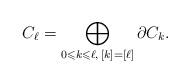
LaTeX: \begin{align*}C_{\ell} = \bigoplus_{0 \leqslant k \leqslant \ell,\, [k] = [\ell]} \partial C_{k}.\end{align*}